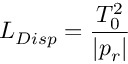
L _ { D i s p } = \frac { T _ { 0 } ^ { 2 } } { | p _ { r } | }